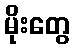
မိုးတွေ